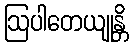
ဩပါတေယျုန္တိ